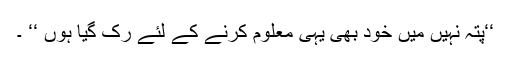
‘‘پتہ نہیں میں خود بھی یہی معلوم کرنے کے لئے رک گیا ہوں ‘‘ ۔